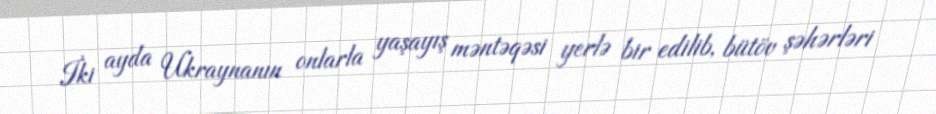
İki ayda Ukraynanın onlarla yaşayış məntəqəsi yerlə bir edilib, bütöv şəhərləri